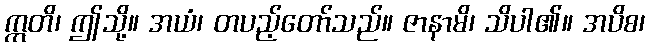
ဣတိ၊ ဤသို့။ အယံ၊ တပည့်တော်သည်။ ဇာနာမိ၊ သိပါ၏။ အပိစ၊